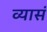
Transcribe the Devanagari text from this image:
व्यासं